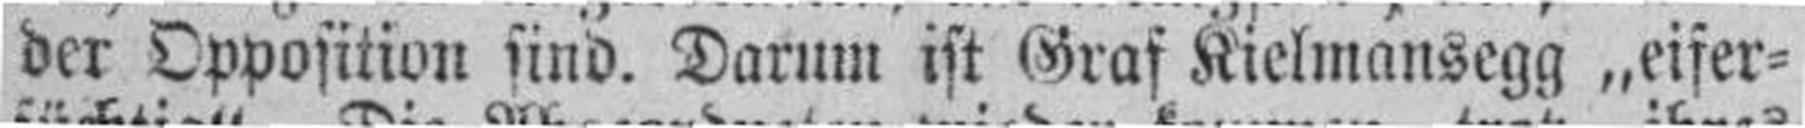
der Opposition sind. Darum ist Graf Kielmansegg „eifer¬